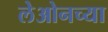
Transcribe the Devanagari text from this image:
लेओनच्या